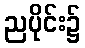
ညပိုင်း၌